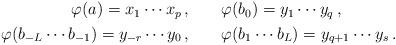
LaTeX: \begin{align*}\begin{aligned}\varphi(a)=x_1\cdots x_p\,,&\qquad\varphi(b_0)=y_1\cdots y_q\,, \\\varphi(b_{-L}\cdots b_{-1})=y_{-r}\cdots y_0\,,&\qquad\varphi(b_{1}\cdots b_{L})=y_{q+1}\cdots y_{s}\,.\end{aligned}\end{align*}